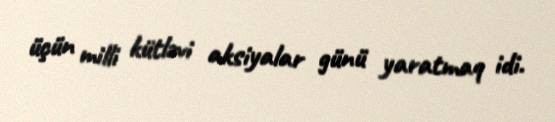
üçün milli kütləvi aksiyalar günü yaratmaq idi.